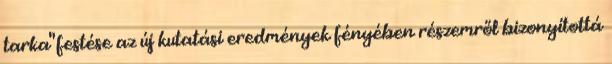
tarka" festése az új kutatási eredmények fényében részemről bizonyítottá